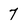
Character: 7